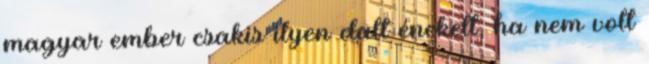
magyar ember csakis ilyen dalt énekelt, ha nem volt